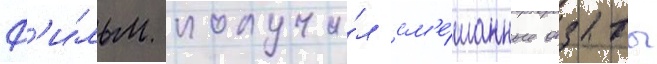
Ф'и́льм получи́л см'е́шанные отзывы